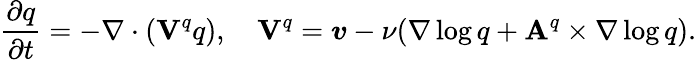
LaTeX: \frac{\partial q}{\partial t}=-\nabla\cdot(\mathbf{V}^{q}q),~~~~\mathbf{V}^{q}=\boldsymbol{v}-\nu(\nabla\log q+\mathbf{A}^{q}\times\nabla\log q).